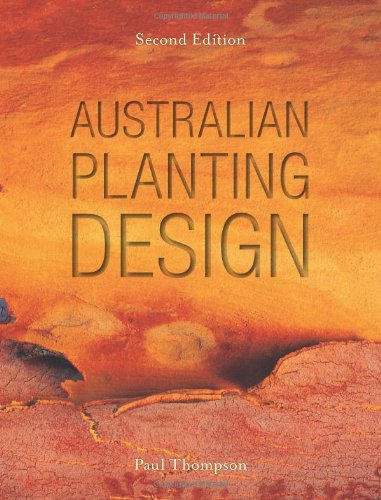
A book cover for Australian Planting Design; Paul Thompson; Crafts, Hobbies & Home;